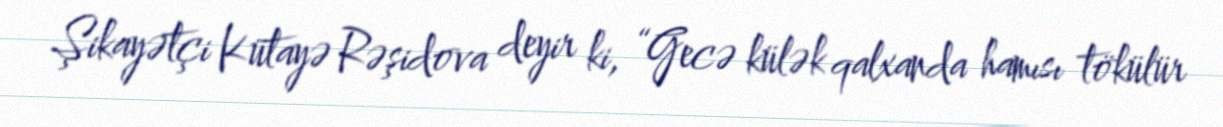
Şikayətçi Kütayə Rəşidova deyir ki, “Gecə külək qalxanda hamısı tökülür